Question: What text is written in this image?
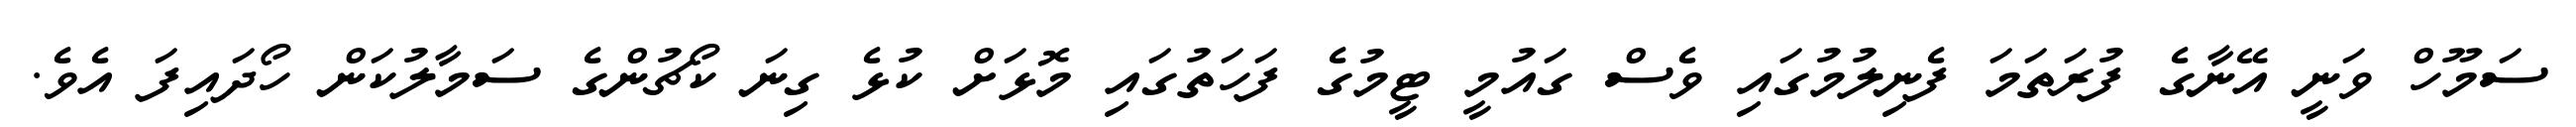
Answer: ސަމޫހް ވަނީ އޭނާގެ ފުރަތަމަ ފެނިލުމުގައި ވެސް ގައުމީ ޓީމުގެ ފަހަތުގައި މޮޅަށް ކުޅެ ގިނަ ކޯޗުންގެ ސަމާލުކަން ހޯދައިފަ އެވެ.